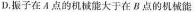
D.振子在A点的机械能大于在B点的机械能